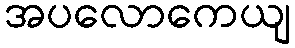
အပလောကေယျ